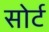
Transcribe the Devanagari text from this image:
सोर्ट